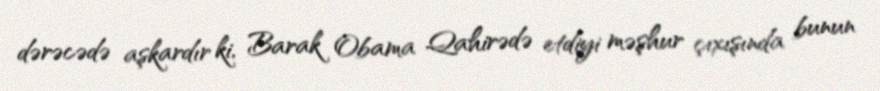
dərəcədə aşkardır ki, Barak Obama Qahirədə etdiyi məşhur çıxışında bunun